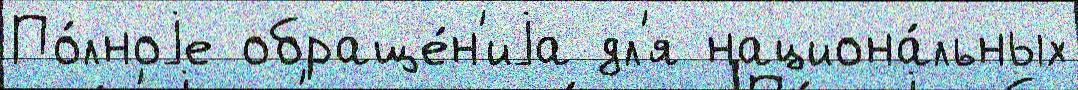
По́лноjе обраще́н'иjа дл'я национа́льных